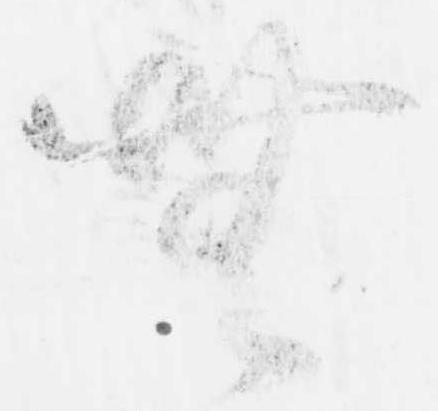
無